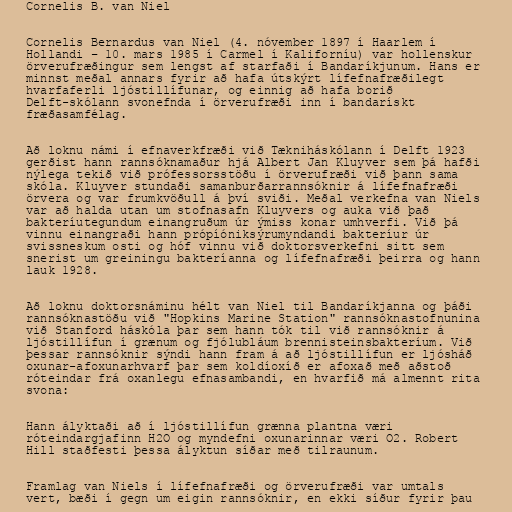
Cornelis B. van Niel

Cornelis Bernardus van Niel (4. nóvember 1897 í Haarlem í
Hollandi – 10. mars 1985 í Carmel í Kaliforníu) var hollenskur
örverufræðingur sem lengst af starfaði í Bandaríkjunum. Hans er
minnst meðal annars fyrir að hafa útskýrt lífefnafræðilegt
hvarfaferli ljóstillífunar, og einnig að hafa borið
Delft-skólann svonefnda í örverufræði inn í bandarískt
fræðasamfélag.

Að loknu námi í efnaverkfræði við Tækniháskólann í Delft 1923
gerðist hann rannsóknamaður hjá Albert Jan Kluyver sem þá hafði
nýlega tekið við prófessorsstöðu í örverufræði við þann sama
skóla. Kluyver stundaði samanburðarrannsóknir á lífefnafræði
örvera og var frumkvöðull á því sviði. Meðal verkefna van Niels
var að halda utan um stofnasafn Kluyvers og auka við það
bakteríutegundum einangruðum úr ýmiss konar umhverfi. Við þá
vinnu einangraði hann própíóniksýrumyndandi bakteríur úr
svissneskum osti og hóf vinnu við doktorsverkefni sitt sem
snerist um greiningu bakteríanna og lífefnafræði þeirra og hann
lauk 1928.

Að loknu doktorsnáminu hélt van Niel til Bandaríkjanna og þáði
rannsóknastöðu við "Hopkins Marine Station" rannsóknastofnunina
við Stanford háskóla þar sem hann tók til við rannsóknir á
ljóstillífun í grænum og fjólubláum brennisteinsbakteríum. Við
þessar rannsóknir sýndi hann fram á að ljóstillífun er ljósháð
oxunar-afoxunarhvarf þar sem koldíoxíð er afoxað með aðstoð
róteindar frá oxanlegu efnasambandi, en hvarfið má almennt rita
svona:

Hann ályktaði að í ljóstillífun grænna plantna væri
róteindargjafinn H2O og myndefni oxunarinnar væri O2. Robert
Hill staðfesti þessa ályktun síðar með tilraunum.

Framlag van Niels í lífefnafræði og örverufræði var umtals
vert, bæði í gegn um eigin rannsóknir, en ekki síður fyrir þau